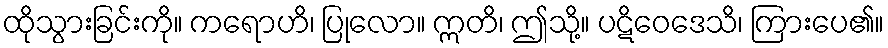
ထိုသွားခြင်းကို။ ကရောဟိ၊ ပြုလော။ ဣတိ၊ ဤသို့။ ပဋိဝေဒေသိ၊ ကြားပေ၏။